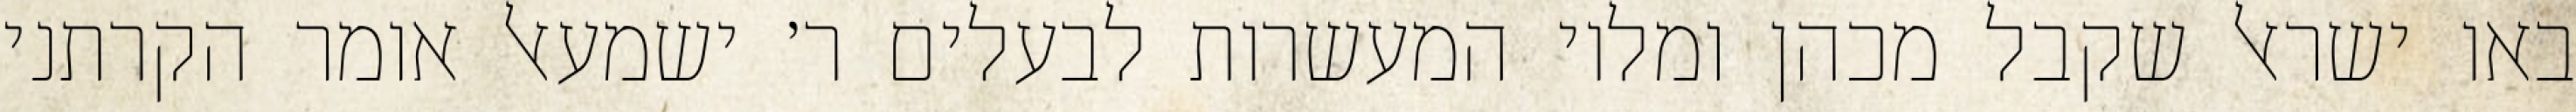
באו ישראל שקבל מכהן ומלוי המעשרות לבעלים ר׳ ישמעאל אומר הקרתני